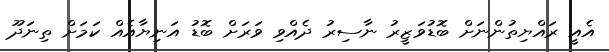
އެއީ ރައްޔިތުންނަށް ބޮޑުވަޒީރު ނާސިރު ދެއްވި ވަރަށް ބޮޑު އަނިޔާއެއް ކަމަށް ތިނަދޫ